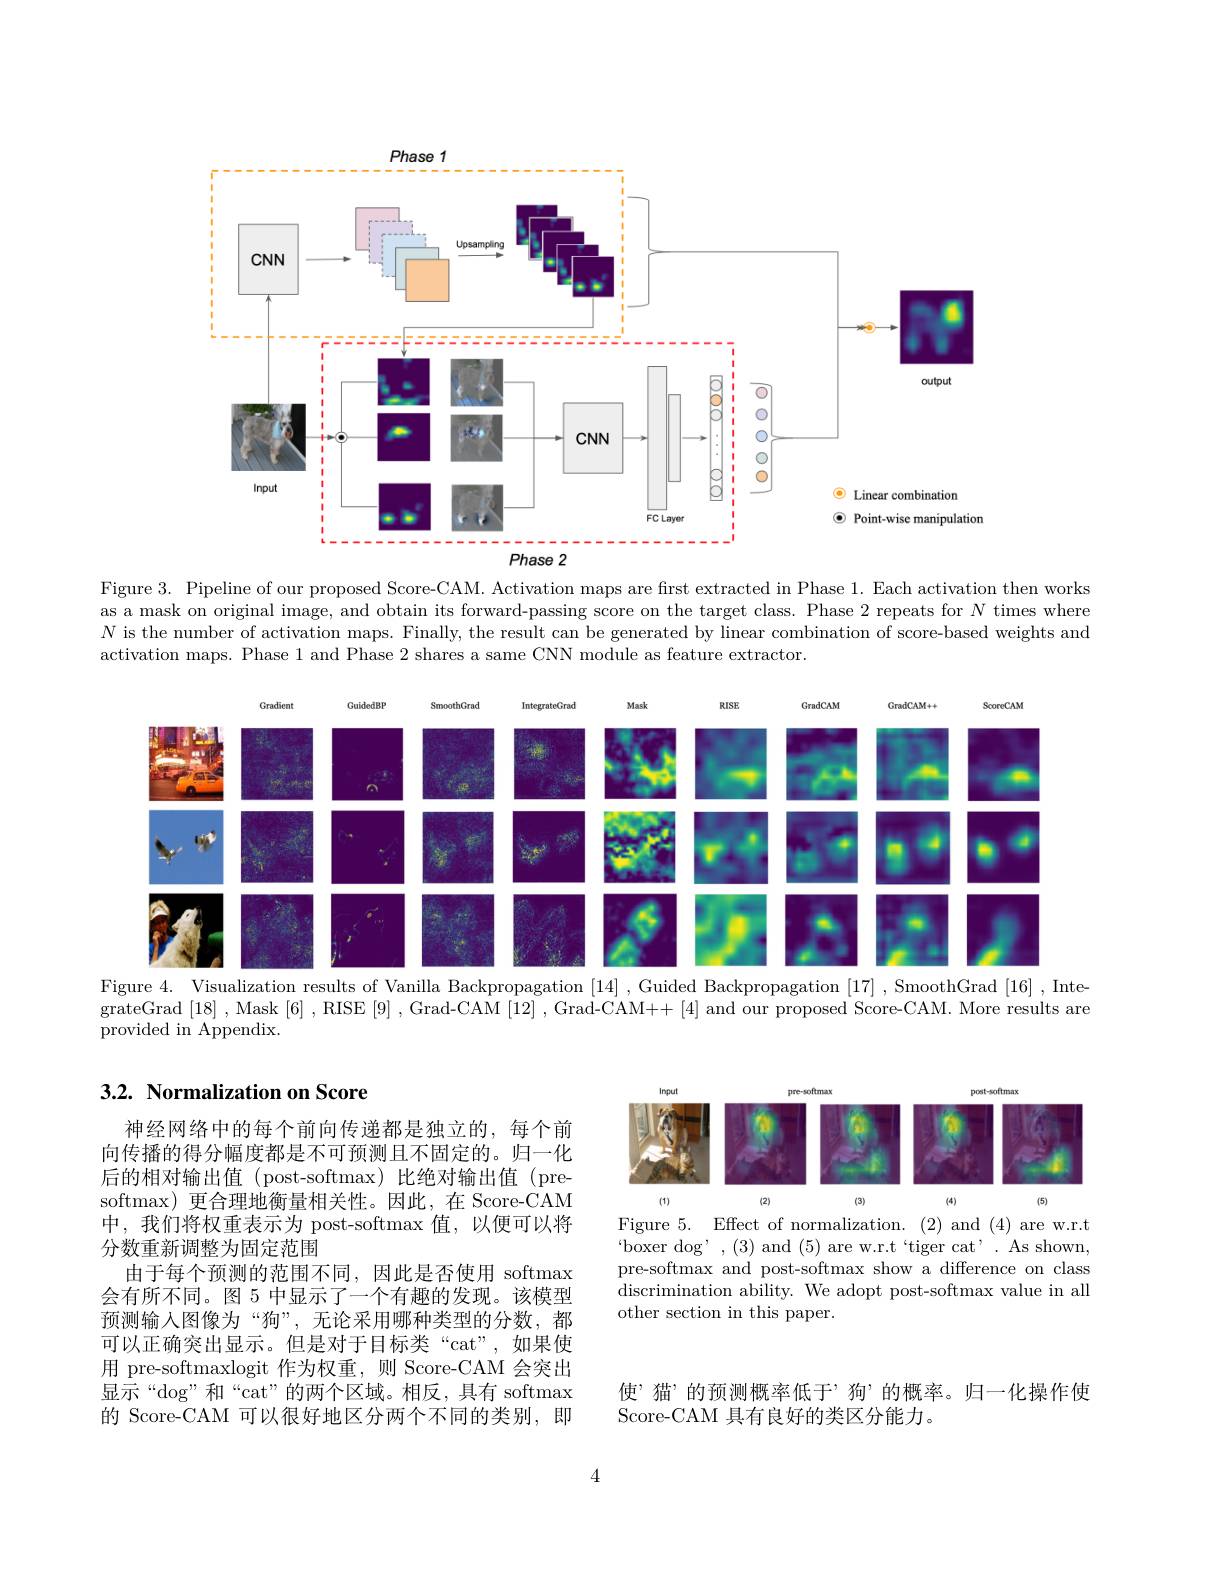
<FigureHere>

Figure 3. Pipeline of our proposed Score-CAM. Activation maps are first extracted in Phase 1. Each activation then works as a mask on original image, and obtain its forward-passing score on the target class. Phase 2 repeats for $N$ times where $N$ is the number of activation maps. Finally, the result can be generated by linear combination of score-based weights and activation maps. Phase 1 and Phase 2 shares a same CNN module as feature extractor.

<FigureHere>
Figure 4. Visualization results of Vanilla Backpropagation [14] ,Guided Backpropagation [17] ,SmoothGrad [16] ,Inte-

grateGrad [18] , Mask [6] , RISE [9] , Grad-CAM [12] , Grad-CAM++ [4] and our proposed Score-CAM. More results are

provided in Appendix.

# 3.2. Normalization on Score

<FigureHere>
Figure 5. Effect of normalization. (2) and (4) are w.r.t

$`$boxer dog',(3) and (5) are w.r.t‘tiger cat’. As shown, pre-softmax and post-softmax show a difference on class discrimination ability. We adopt post-softmax value in all other section in this paper.

神经网络中的每个前向传递都是独立的，每个前向传播的得分幅度都是不可预测且不固定的。归一化后的相对输出值(post-softmax)比绝对输出值(presoftmax) 更合理地衡量相关性。因此，在 Score-CAM 中，我们将权重表示为 post-softmax 值，以便可以将分数重新调整为固定范围
由于每个预测的范围不同，因此是否使用 softmax 会有所不同。图 5 中显示了一个有趣的发现。该模型预测输入图像为“狗”,无论采用哪种类型的分数，都可以正确突出显示。但是对于目标类“cat”,如果使用 pre-softmaxlogit 作为权重，则 Score-CAM 会突出显示“dog”和“cat”的两个区域。相反，具有 softmax 的 Score-CAM 可以很好地区分两个不同的类别，即

使’猫”的预测概率低于’狗’的概率。归一化操作使
Score-CAM 具有良好的类区分能力。

4